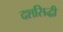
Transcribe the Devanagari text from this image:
दशसिद्धी